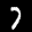
Digit: 7